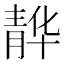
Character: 𮸭